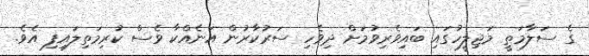
ގެ ސަލާމަތީ މަޖިލީހުގައި ބައިވެރިވުމަށް ދިވެހި ސަރުކާރުން އަނެއްކާ ވެސް ކުރިމަތިލައިފި އެވެ.